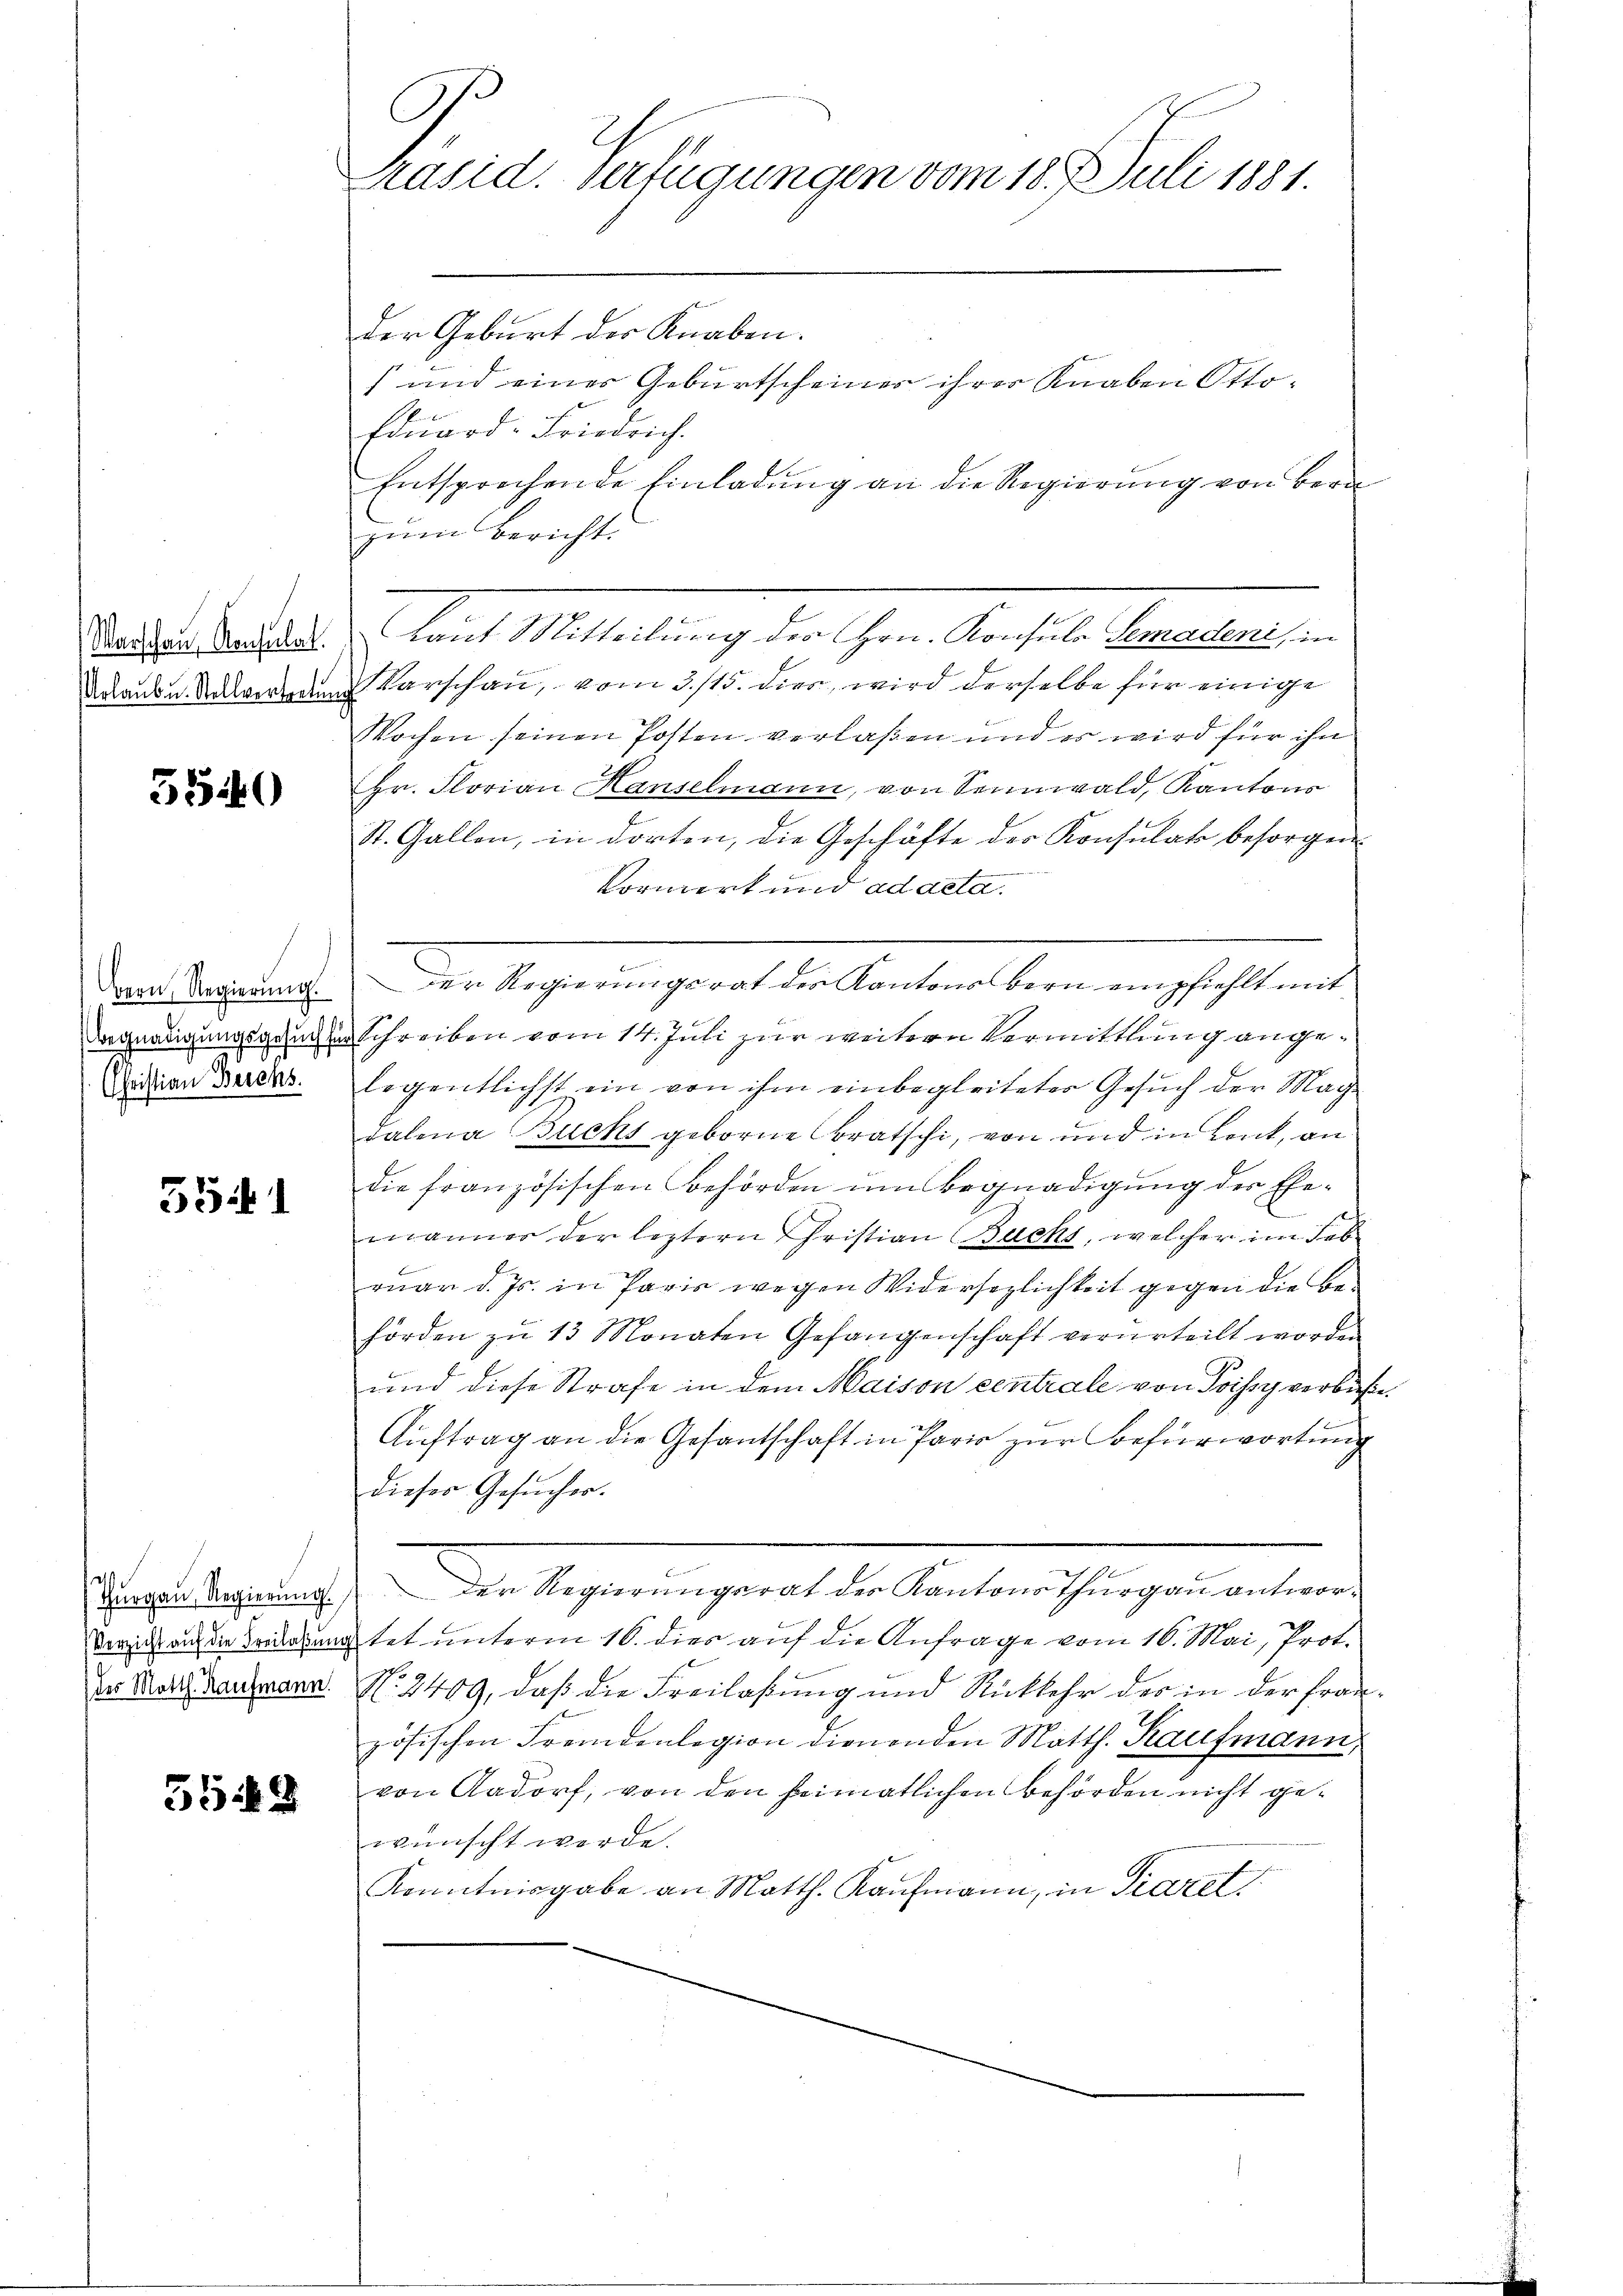
Urlauben. Stellvertretun

5540

(Christian Berchs

351

2

3548

C
Präsid. Verfügungen vom 18. Juli 1881.

der Geburt der Knaben.
)und einer Geburtscheiner ihrer Knaben Otto¬
Edŭard-Friedrich.
Entsprechende Einladung an die Regierung von Bern
zum Bericht.
Todden Bandes Laut Mitteilung der Hrn. Konsula Semadeni, in
Varschau, vom 3./15. dies, wird derselbe für einige
f
Wochen seinen Posten verlaßen und es wird für ihn
Hr. Florian Hanselmann, von Sennwald, Kantons
St. Gallen, in dorten, die Geschäfte der Konsulat besorgen
Vormerk und ad acta.
von Regierung. Der Regierungsrat der Kantons Bern empfiehlt mit
Begnadigungsgenen Schreiben vom 14. Juli zur weitern Vermittlung angelegentlichst ein von ihm einbegleiteter Gesuch der Mach
dalena Buchs geborne Bratschi, von und in Lenk, an
die französischen Behörden um Begnadigung der Ehe-
männer der leztern Christian Buchs, welcher im Fal
ruar d. Js. in Paris wegen Widersezlichkeit gegen die Behörden zu 13 Monaten Gefangenschaft verurteilt worden
und diese Strafe in dem Maison centrale von Poissy verbuße.
Auftrag an die Gesantschaft in Pario zur Befürwortung
dieses Gesŭcher.
Durgau Regierung. Der Regierungsrat des Kantons Thurgau antworsricht auf die Todesartet unterm 16. dies auf die Anfrage vom 16. Mai, Prot.
des Mart Baumann. N. 2409, daß die Freilassung und Rückkehr des in der Frauzösischen Fremdenlegion dienenden Matth. Kaufmann,
von Aadorf, von den heimatlichen Behörden nicht gewünscht werde.
Kenntnisgabe an Matth. Kaufmann, in Grazet,